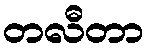
တလီတာ